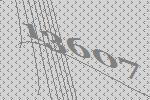
13607